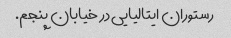
رستوران ایتالیایی در خیابان پنجم.